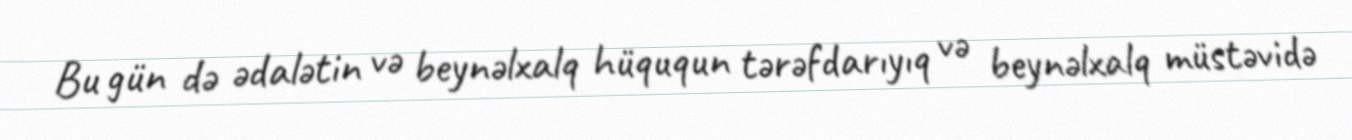
Bu gün də ədalətin və beynəlxalq hüququn tərəfdarıyıq və beynəlxalq müstəvidə